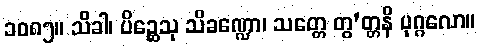
၁၀၈၅။ သိခါ၊ ပိဉ္ဆေသု သိခဏ္ဍော၊ သတ္တေ တွ’တ္တနိ ပုဂ္ဂလော။